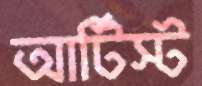
আর্টিস্ট